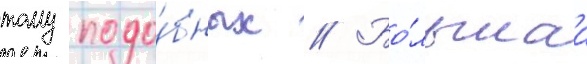
тому подо́бных // Бо́льшаа